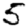
Digit: 5